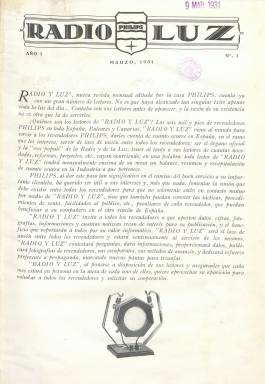
Título: Radio y luz
Colección: Industria
Ámbito geográfico: Madrid
Lugar de publicación: Madrid
Fechas: 01/03/1931-31/12/1935

Publicación mensual editada por Philips Ibérica, S.A.E., empresa dedicada a la industria de la radiofonía y electricidad, para el exclusivo servicio de su organización, representantes oficiales y clientes, cuya casa principal en España estaba ubicada en Madrid y contaba con otras cinco sucursales, en Sevilla, Valencia, Bilbao, Barcelona y Las Palmas, con más de un millar de empleados y unos seis mil “revendedores”. La publicación servirá para tener al tanto de las novedades y proyectos que ofrecen los adelantos en estas industrias, así como para ofrecer tácticas y procedimientos de venta y dar a conocer facilidades al público para la adquisición de sus productos, proporcionando métodos de publicidad y formas de exposición de productos.

El primer número de la revista es de marzo de 1931 y la colección de la Biblioteca Nacional de España abarca hasta la entrega doble (números 46-47), correspondiente a noviembre-diciembre de 1935. Son ejemplares de paginación variable, entre ocho y dieciséis páginas, compuestas a dos columnas, e impresas en papel cuché, e inserta fotograbados. También usa las tintas de color para su estampación. Entre los productos en venta, además de receptores de radio y pick-up, se encontraban lámparas, bombillas, rectificadores, altavoces, amplificadores, aparatos de tensión, transformadores o válvulas.

Ofrece reportajes con fotografías de la organización de la empresa y su factoría y talleres madrileños y laboratorios en Europa, informaciones procedentes de su Departamento de propaganda, artículos técnicos, textos sobre la “guerra de las lámparas baratas”. También inserta humor gráfico. Algunos reportajes gráficos que publica se refieren a la iluminación de espacios públicos, como es el llevado a cabo en la ciudad de San Sebastián. Aparece un fotograbado con el “multimillonario de Detroit” Henry Ford, en su visita a los establecimientos Philips de Eindhoven (Holanda) y Antón Philips, denominado en la revista como “rey europeo de la radio y de las bombillas”, así como otras fotografías de los productos en venta y de los establecimientos españoles donde se vendían.